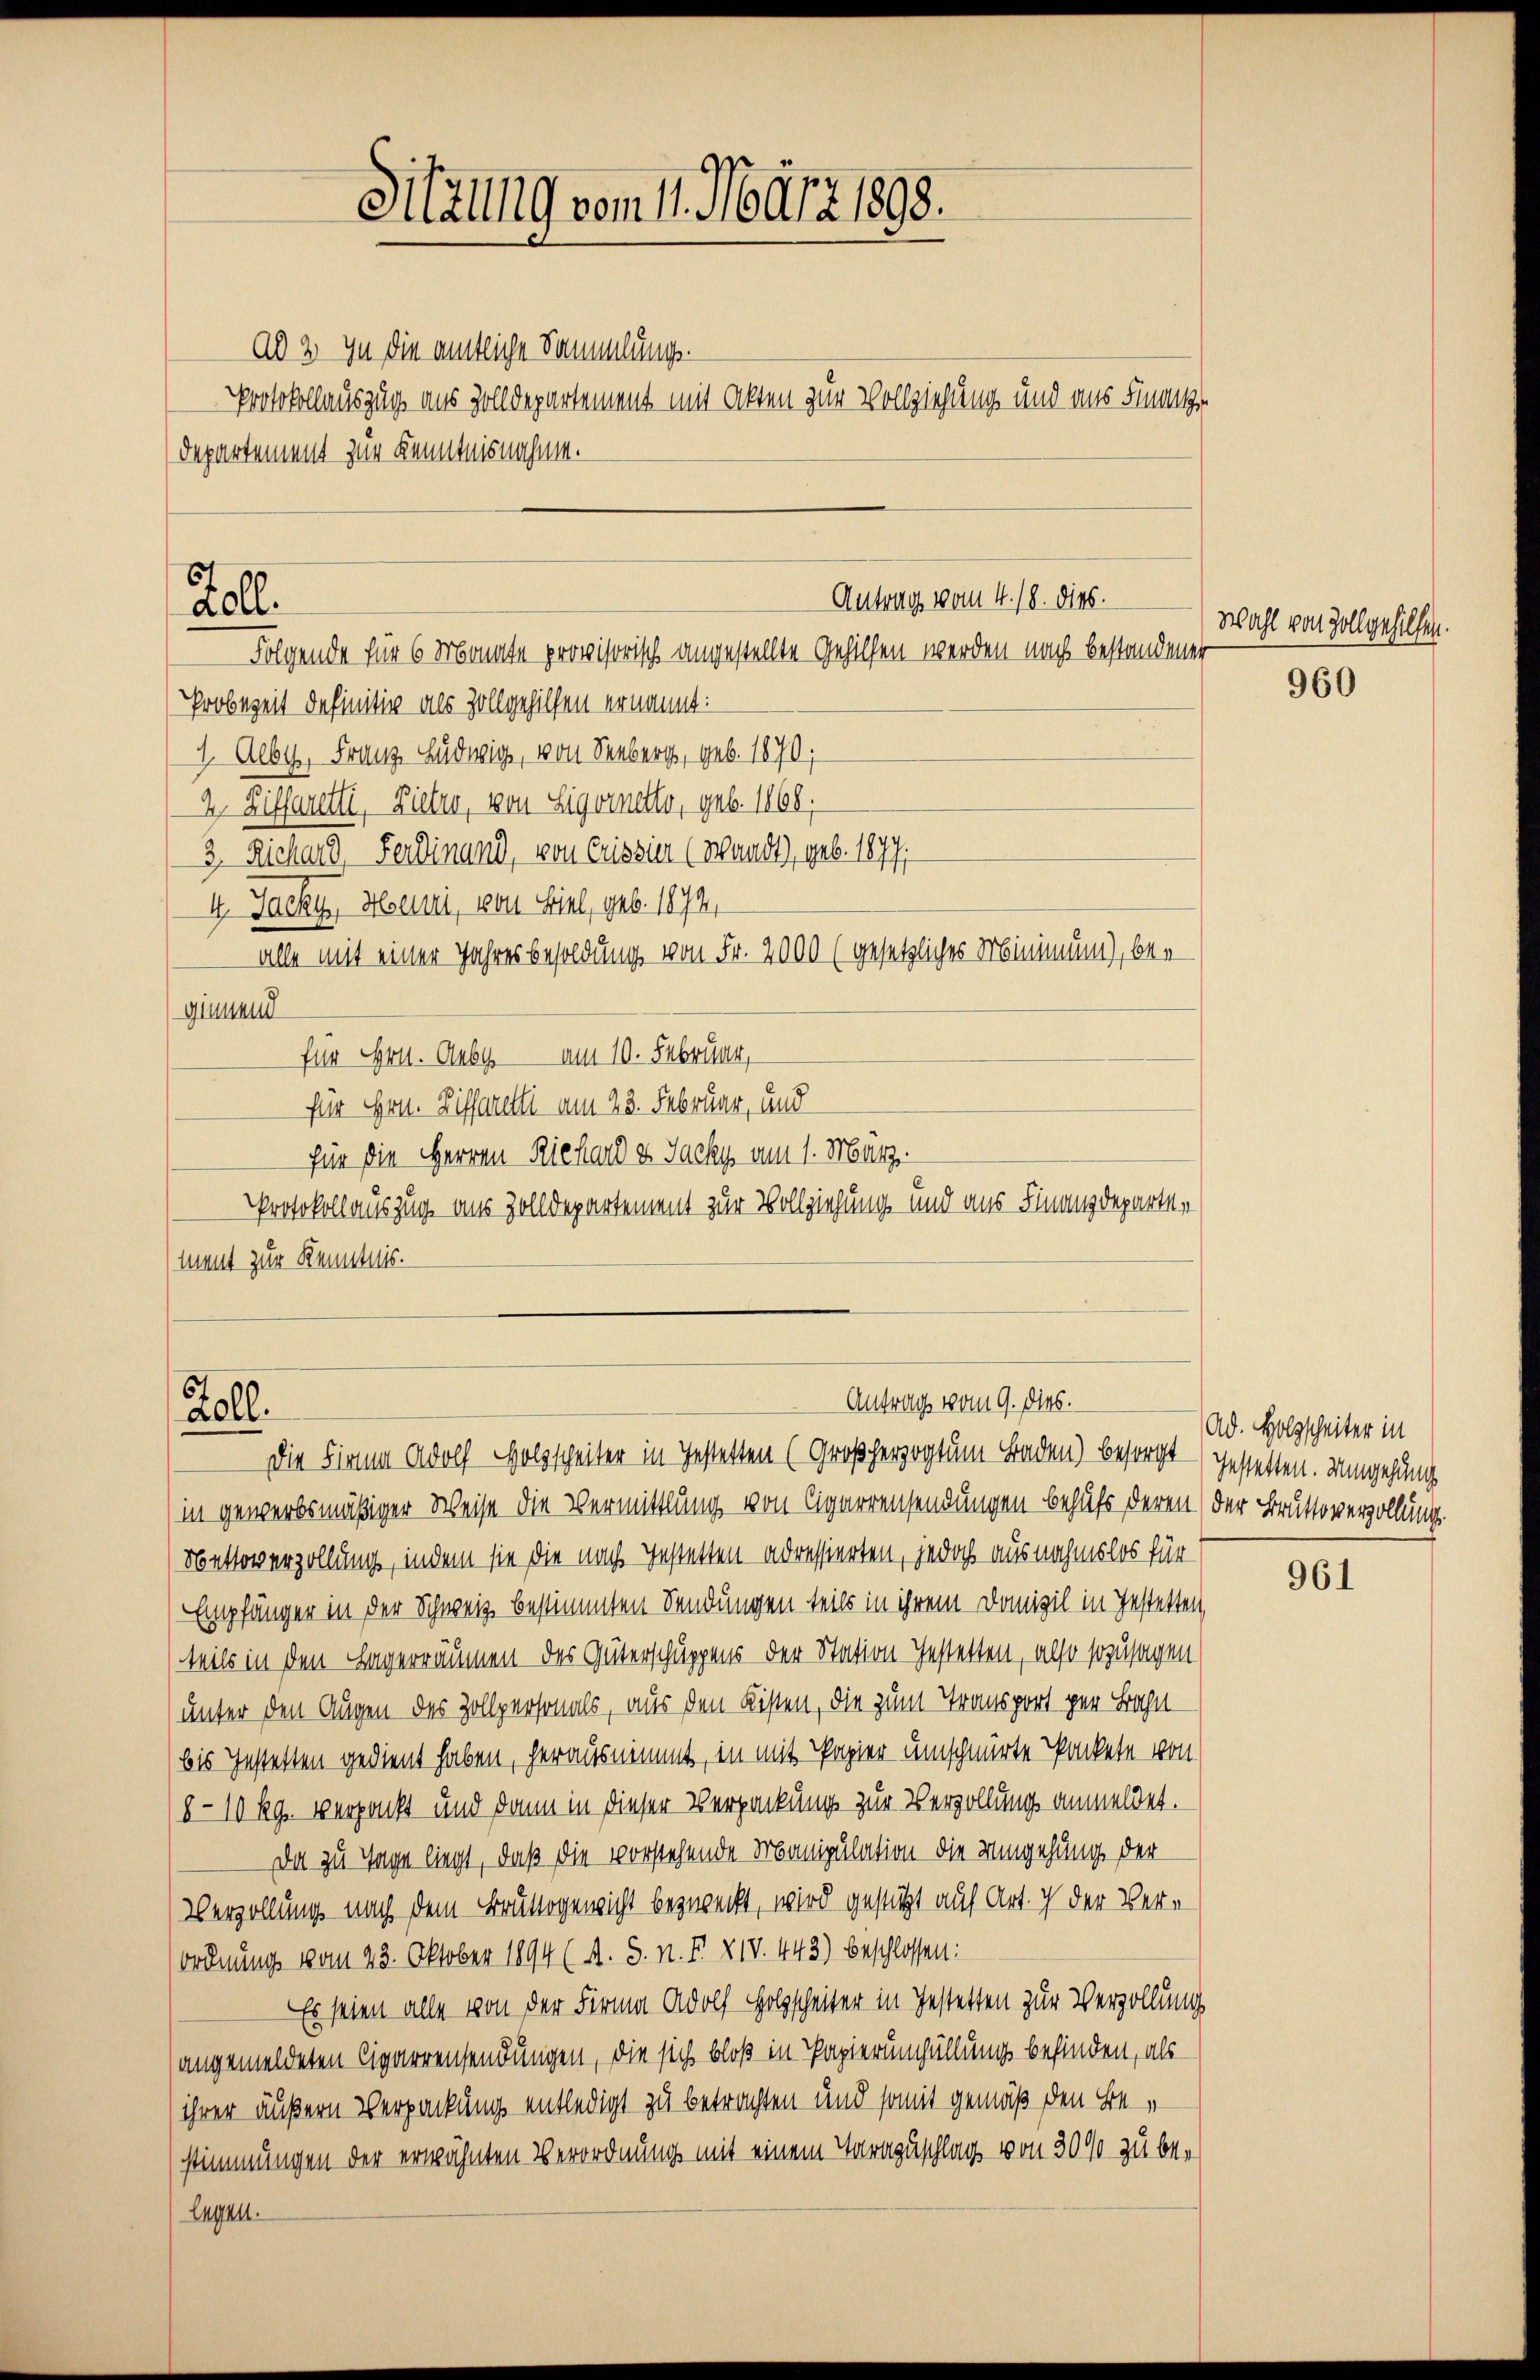
ad 3. In die amtliche Sammlungs
Protokollauszug aus Zolldepartement mit Akten zur Vollziehung und aus Finanze
Departement zur Kenntnisnahme.

Fell.

Sitzung vom 11. März 1898.

in gewerbsmäßiger Weise die Vermittlung von Cigarrensendungen behufs deren der Bruttoverzollung.
Nettoverzollung, indem sie die nach Instatten adressierten, jedoch ausnahmslos für
Empfänger in der Schweiz bestimmten Sendungen teils in ihrem Domizil in Gestetten
teils in den Lagerräumen des Güterschuppens der Nation Gestatten, also sozusagen
unter den Augen des Zollpersonals, aus den Kisten, die zum Transport per Bahnbis Gestetten gedient haben, herausnimmt, in mit Papier umschnürte Packete von
8-10 kg. verpunkt und dann in dieser Verpackung zur Verzollung anmeldet.
Da zu Tage liegt, daß die vorstehende Manipulation die Umgehung der
Verzollung nach dem Bruttogenricht bezweckt, wird gestützt auf Art. ich der Ver¬
Ordnung vom 23. Oktober 1894 (A. S. n. F. XIV. 443) beschlossen:
Es seien alle von der Firma Adolf Holzscheiter in Gestetten zur Verzollung
angemeldeten Cigarrensendungen, die sich bloß in Papierungüllung befinden, als
ihrer äußern Verpackung entledigt zu betrachten und somit gemäß den Bestimmungen der erwähnten Verordnung mit einem Tarazuschlag von 30% zu belagen.

Antrag vom 4. 18. dies.
Folgende für 6 Monate provisorisch angestellte Gehilfen werden nach bestandener

Probezeit definitiv als Zollgehilfen ernannt:
1. Geby, Franz Ludwig, von Seeberg, geb. 1870;
2 Zifferetti, Zieler, von Sigoretto, geb. 1868,
3. Richard Ferdinand, von Cessier (wandt, geb. 1877.
4. Jacky, Heini, von Biel, geb. 1872,
alle mit einer Jahresbesoldung von Fr. 2000 (gesetzliches Minimung), bei
ginnend
für Hrn. Aubes am 10. Februar,
für Hrn. Zifferelli am 23. Februar, und
für die Herren Richard es Jacky am 1. März.
Protokollauszug aus Zolldepartement zur Vollziehung und aus Finanzdepartement zur Kenntnis.

Antrag vom 9. dies.
oll.
Die Firma Adolf Holzscheiter in Jestetten (Großherzogtum Baden) besorgt gestetten. Umgehung

Wahl von Zoll gehilfen.

960

Ad. Holzscheiter in

961